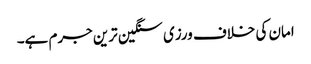
امان کی خلاف ورزی سنگین ترین جرم ہے۔